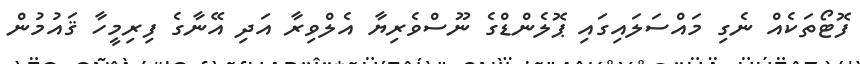
ފޮޓޯތަކެއް ނެގި މައްސަލައިގައި ޕޮލެންޑްގެ ނޫސްވެރިޔާ އެލްވިރާ އަދި އޭނާގެ ފިރިމީހާ ޤައުމުން